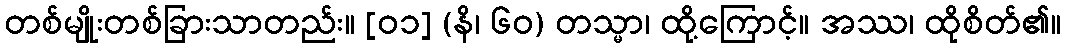
တစ်မျိုးတစ်ခြားသာတည်း။ [၀၁] (နိ၊ ၆၀) တသ္မာ၊ ထို့ကြောင့်။ အဿ၊ ထိုစိတ်၏။